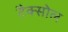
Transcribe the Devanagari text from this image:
टैक्सोल